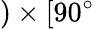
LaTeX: )\times[90^{\circ}